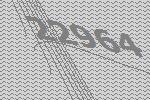
22964